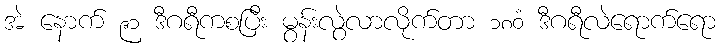
အဲ နောက် ၉၁ ဒီဂရီကစပြီး မွန်းလွဲလာလိုက်တာ ၁၈၀ံ ဒီဂရီလဲရောက်ရော